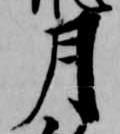
月